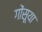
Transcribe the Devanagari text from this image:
गोंसूया